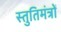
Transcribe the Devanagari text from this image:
स्तुतिमंत्रों